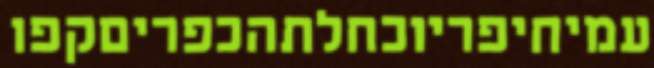
עמיחיפריוכחלתהכפריםקפו